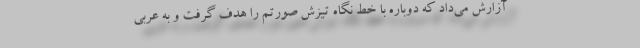
آزارش می‌داد که دوباره با خط نگاه تیزش صورتم را هدف گرفت و به عربی